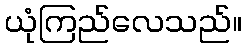
ယုံကြည်လေသည်။